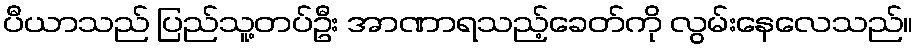
ပီယာသည် ပြည်သူ့တပ်ဦး အာဏာရသည့်ခေတ်ကို လွမ်းနေလေသည်။